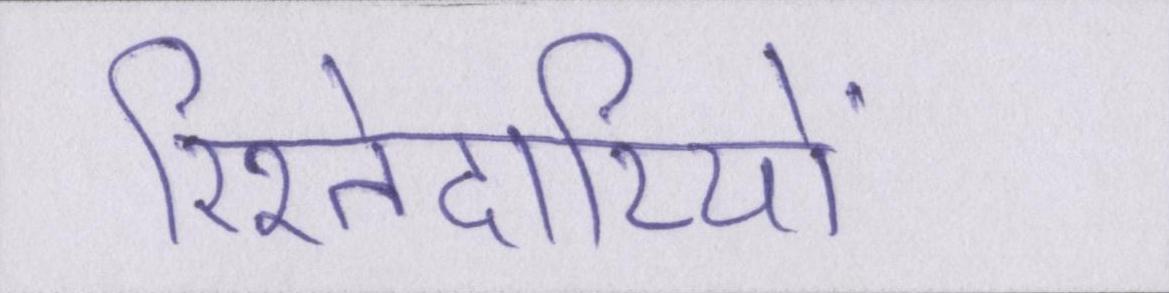
रिश्तेदारियों